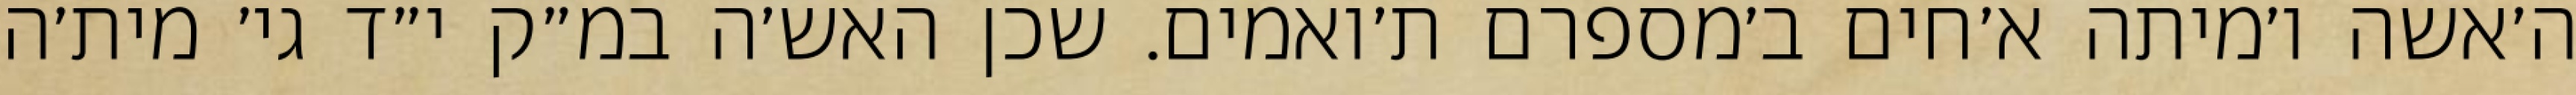
ה׳אשה ו׳מיתה א׳חים ב׳מספרם ת׳ואמים. שכן האש׳ה במ״ק י״ד גי׳ מית׳ה